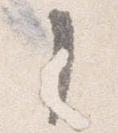
了